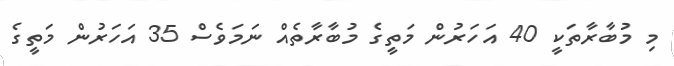
މި މުބާރާތަކީ 40 އަހަރުން މަތީގެ މުބާރާތެއް ނަމަވެސް 35 އަހަރުން މަތީގެ